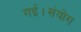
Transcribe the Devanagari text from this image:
गई।संयोग